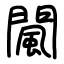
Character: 闏